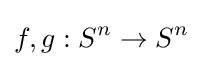
f,g:S^{n}\to S^{n}